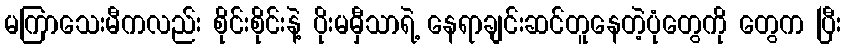
မကြာသေးမီကလည်း စိုင်းစိုင်းနဲ့ ပိုးမမှီသာရဲ့ နေရာချင်းဆင်တူနေတဲ့ပုံတွေကို တွေက ပြီး